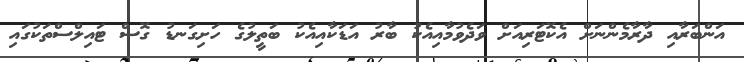
އަންބަރާއި ދާރާމެންނަށް އެކޮޓަރިއަށް ވަދެވުމާއިއެކު ބާރު އަޑަކާއިއެކު ބަތީލުގެ ހަށިގަނޑު ގޮސް ޓައިލްސްތަކުގައި